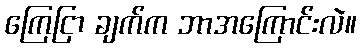
ကြေငြာ ချက်က ဘာအကြောင်းလဲ။